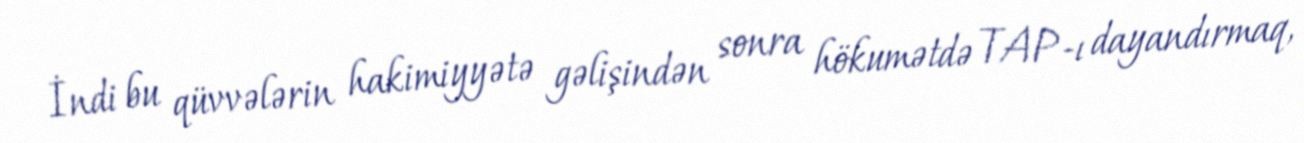
İndi bu qüvvələrin hakimiyyətə gəlişindən sonra hökumətdə TAP-ı dayandırmaq,